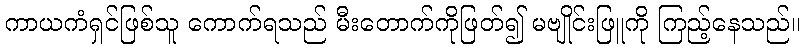
ကာယကံရှင်ဖြစ်သူ ကောက်ရသည် မီးတောက်ကိုဖြတ်၍ မဗျိုင်းဖြူကို ကြည့်နေသည်။